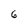
Character: 6